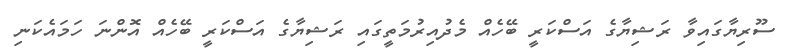
ސޫރިޔާގައިވާ ރަޝިޔާގެ އަސްކަރީ ބޭހެއް މެދުއިރުމަތީގައި ރަޝިޔާގެ އަސްކަރީ ބޭހެއް އޮންނަ ހަމައެކަނި